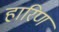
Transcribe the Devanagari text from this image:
हारिण